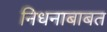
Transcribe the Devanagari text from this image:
निधनाबाबत